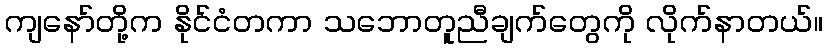
ကျနော်တို့က နိုင်ငံတကာ သဘောတူညီချက်တွေကို လိုက်နာတယ်။